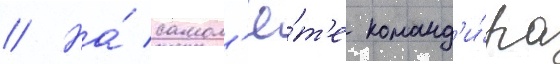
// На́ самол'ё́т'е команд'и́ра